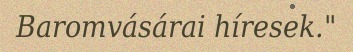
Baromvásárai híresek."